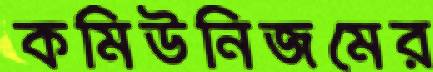
কমিউনিজমের